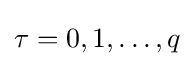
\tau =0,1,\ldots ,q